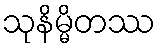
သုနိမ္မိတဿ